Leaving Certificate Examination, 1912
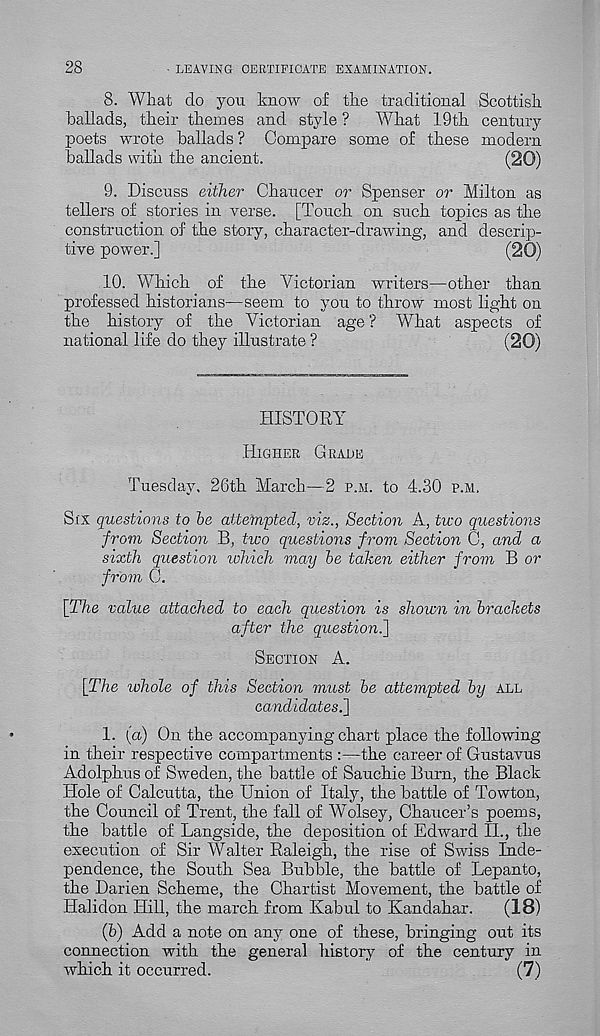
28
■ LEAVING CERTIFICATE EXAMINATION.
8. What do yon know of the traditional Scottish
ballads, their themes and style ? What 19th century
poets wrote ballads ? Compare some of these modern
ballads with the ancient.
(20)
9. Discuss either Chancer or Spenser or Milton as
tellers of stories in verse. [Touch on snch topics as the
construction of the story, character-drawing, and descrip-
tive power.]
(20)
10. Which of the Victorian writers—other than
professed historians—seem to yon to throw most light on
the history of the Victorian age ? What aspects of
national life do they illnstrate ?
(20)
HISTORY
HIGHER GRADE
Tuesday, 26th March—2 P.M. to 4.30 P.M,
SIX questions to he attempted, viz., Section A, two questions
from Section B, tioo questions from Section C, and a
sixth question which may he taken either from B or
from C.
\The value attached to each question is shown in brackets
after the question.]
SECTION A.
[The whole of this Section must he attempted hy ALL
candidates.]
1. (a) On the accompanying chart place the following
in their respective compartments :—the career of Gustavus
Adolphus of Sweden, the battle of Sanchie Burn, the Black
Hole of Calcutta, the Union of Italy, the battle of Towton,
the Council of Trent, the fall of Wolsey, Chaucer’s poems,
the battle of Langside, the deposition of Edward II., the
execution of Sir Walter Raleigh, the rise of Swiss Inde-
pendence, the South Sea Bubble, the battle of Lepanto,
the Darien Scheme, the Chartist Movement, the battle of
Halidon Hill, the march from Kabul to Kandahar.
(18)
(b) Add a note on any one of these, bringing out its
connection with the general history of the century in
which it occurred.
(7)